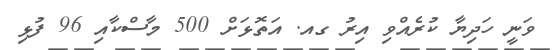
ވަނީ ހަދިޔާ ކުރެއްވި އިރު ގއ. އަތޮޅަށް 500 މާސްކާއި 96 ފުޅި